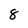
Character: 8